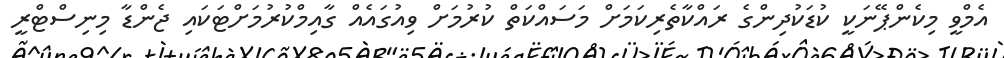
އެމްވީ މިކެންޕޭނަކީ ކުޑަކުދިންގެ ރައްކާތެރިކަމަށް މަސައްކަތް ކުރުމަށް ވިއުގައެއް ގާއިމްކުރުމަށްޓަކައި ޖެންޑާ މިނިސްޓްރީ